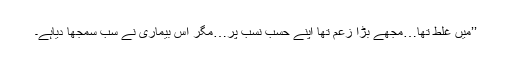
’’میں غلط تھا…مجھے بڑا زعم تھا اپنے حسب نسب پر…مگر اس بیماری نے سب سمجھا دیاہے۔